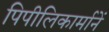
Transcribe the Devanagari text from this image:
पिपीलिकार्मानें